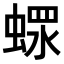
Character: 𧎖